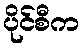
ပိုင်စီက